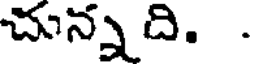
చున్నది. .